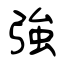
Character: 強